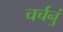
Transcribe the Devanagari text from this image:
चर्चनुं